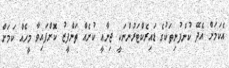
އެކަމަށް އެދޭ ކުންފުނިތަކުގެ ޑައިރެކްޓަރުންނަކީ ޖިނާއީ ކުށެއް ތަންފީޒު ކޮށްފައިވާ މީހެއް ކަމަށް